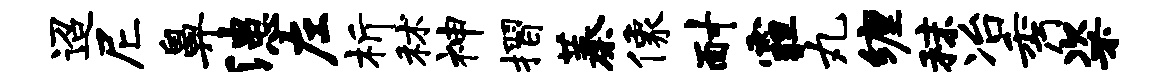
迢尼鼻漶左析秫神摺蓁像耐霾丸缠秣冶秀粢